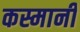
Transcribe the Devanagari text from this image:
कस्मानी